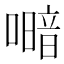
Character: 𭋎